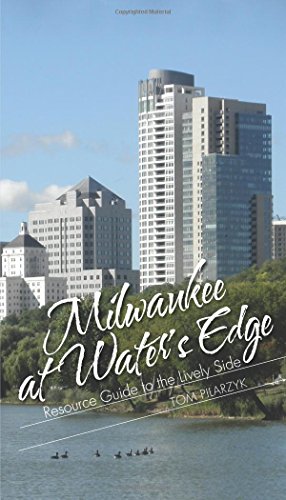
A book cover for Milwaukee at Water's Edge: Resource Guide to the Lively Side; Tom Pilarzyk; Travel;